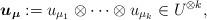
LaTeX: \begin{align*}\boldsymbol{u}_{\boldsymbol{\mu}}:=u_{\mu_{1}} \otimes \cdots \otimes u_{\mu_{k}} \in U^{\otimes k}, \end{align*}